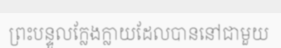
ព្រះបន្ទូលក្លែងក្លាយដែលបាននៅជាមួយ